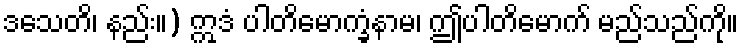
ဒသေတိ၊ နည်း။) ဣဒံ ပါတိမောက္ခံနာမ၊ ဤပါတိမောက် မည်သည်ကို။